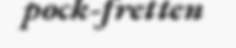
pock-fretten